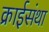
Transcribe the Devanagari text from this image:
क्राईसंथा